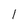
Character: 1